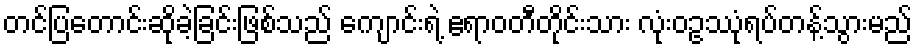
တင်ပြတောင်းဆိုခဲ့ခြင်းဖြစ်သည် ကျောင်းရဲ့ ဧရာဝတီတိုင်းသား လုံးဝဥဿုံရပ်တန့်သွားမည်